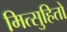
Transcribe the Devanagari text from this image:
मित्सुहितो